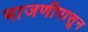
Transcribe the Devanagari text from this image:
भाजणीपासून